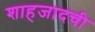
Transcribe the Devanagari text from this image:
शाहजादची